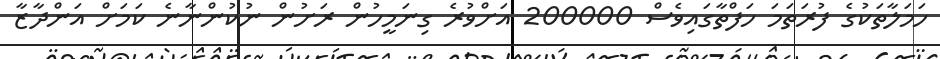
ހަމަލާތަކުގެ ފުރަތަމަ ހަފްތާގައިވެސް 200000 އަށްވުރެ ގިނަމީހުން ރަށުން ނުކުންނާނެ ކަމަށް އަންދާޒާ